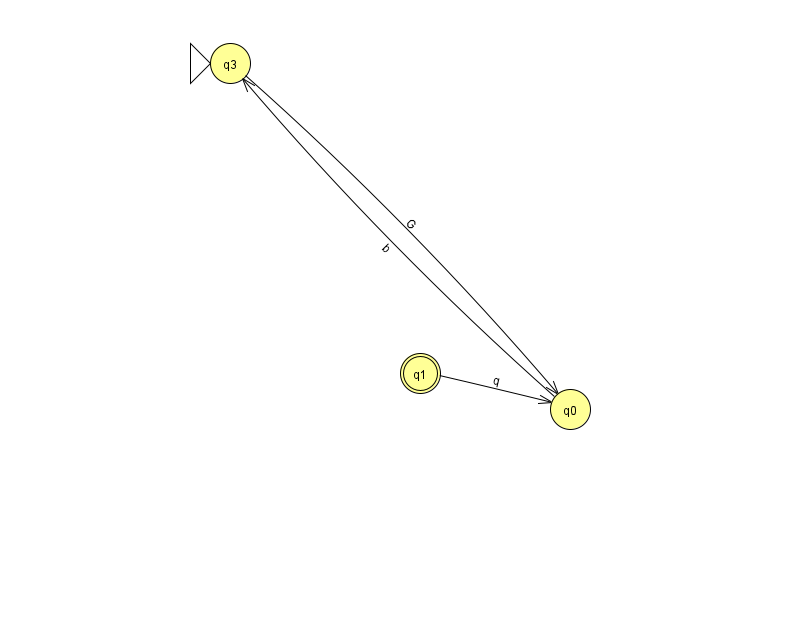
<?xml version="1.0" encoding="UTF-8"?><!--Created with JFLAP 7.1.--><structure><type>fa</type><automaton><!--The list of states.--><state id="0" name="q0"><x>570.0</x><y>396.0</y></state><state id="1" name="q1"><x>420.0</x><y>360.0</y><final/></state><state id="3" name="q3"><x>230.0</x><y>50.0</y><initial/></state><!--The list of transitions.--><transition><from>3</from><to>0</to><read>G</read></transition><transition><from>0</from><to>3</to><read>b</read></transition><transition><from>1</from><to>0</to><read>q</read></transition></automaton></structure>